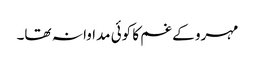
مہرو کے غم کا کوئی مداوا نہ تھا۔